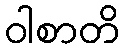
ဝါစာတိ